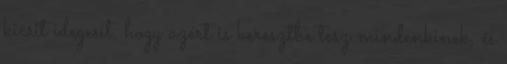
kicsit idegesít, hogy azért is keresztbe tesz mindenkinek, és